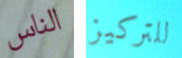
الناس للتركيز